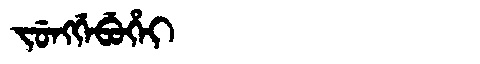
Manchu: ᠵᡠᠩᡤᡝᠪᡠᡥᡝᡳ
Romanization: JUNGGEBUHEI